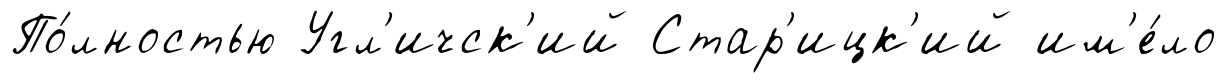
По́лностью Угл'ичск'ий Стар'ицк'ий им'е́ло